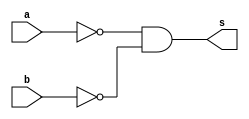
// -------------------------
// Exercicio005 - nor
// Nome: Rafael Guimaraes de Sousa
// -------------------------

module norgate (output s, input a, input b);
assign s = ~(a)&~(b);
endmodule

module testeNor;

wire s;
reg a, b;

norgate NO1 (s,a,b);

initial begin:start

a=0;
b=0;

end

initial begin:main
$display("Exercicio 005 - Rafael Guimaraes de Sousa - 451607");
$display("Test nor:");
$monitor("%d\t%b nor %b = %b", $time, a, b, s);
#1 a = 0;b=1;
#1 a=1; b=0;
#2 a = 1;b=1;
end
endmodule